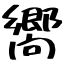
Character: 嚮